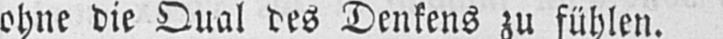
ohne die Qual des Denkens zu fühlen.